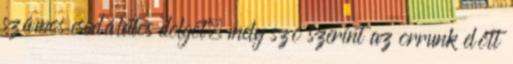
számos csodálatos dolgot, mely szó szerint az orrunk előtt